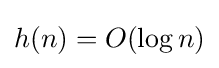
h(n)=O(\log n)